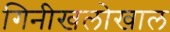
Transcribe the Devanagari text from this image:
गिनीखलोखाल